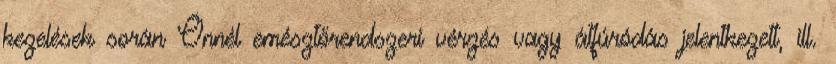
kezelések során Önnél emésztőrendszeri vérzés vagy átfúródás jelentkezett, ill.